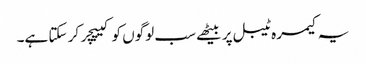
یہ کیمرہ ٹیبل پر بیٹھے سب لوگوں کو کیپچر کر سکتا ہے۔